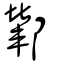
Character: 鄻